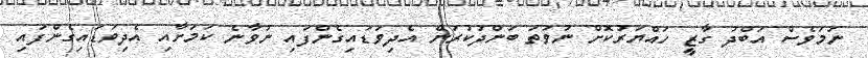
ނަމަވެސް އަބްދު ގާޒީ ހައްޔަރުކޮށް ނުވަތަ ބަންދުކުރަން އެދިވަޑައިގެންފައި ނުވާނެ ކަމަށާއި އެދިވަޑައިގެންފައި